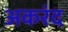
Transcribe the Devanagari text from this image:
अकरंद